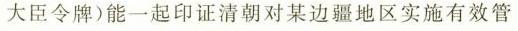
大臣令牌)能一起印证清朝对某边疆地区实施有效管